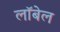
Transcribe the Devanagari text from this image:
लॉबेल